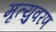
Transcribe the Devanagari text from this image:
मृत्युवरण